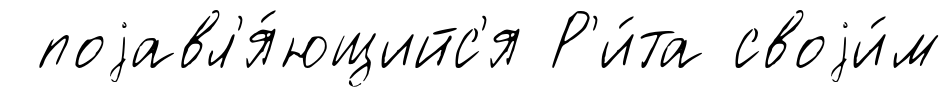
поjавл'я́ющийс'я Р'и́та своjи́м